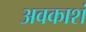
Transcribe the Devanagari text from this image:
अवकाशं